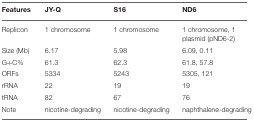
<table><thead><tr><td><b>Features</b></td><td><b>JY-Q</b></td><td><b>S16</b></td><td><b>ND6</b></td></tr></thead><tbody><tr><td>Replicon</td><td>1 chromosome</td><td>1 chromosome</td><td>1 chromosome, 1 plasmid (pND6-2)</td></tr><tr><td>Size (Mb)</td><td>6.17</td><td>5.98</td><td>6.09, 0.11</td></tr><tr><td>G+C%</td><td>61.3</td><td>62.3</td><td>61.8, 57.8</td></tr><tr><td>ORFs</td><td>5334</td><td>5243</td><td>5305, 121</td></tr><tr><td>rRNA</td><td>22</td><td>19</td><td>19</td></tr><tr><td>tRNA</td><td>82</td><td>67</td><td>76</td></tr><tr><td>Note</td><td>nicotine-degrading</td><td>nicotine-degrading</td><td>naphthalene-degrading</td></tr></tbody></table>